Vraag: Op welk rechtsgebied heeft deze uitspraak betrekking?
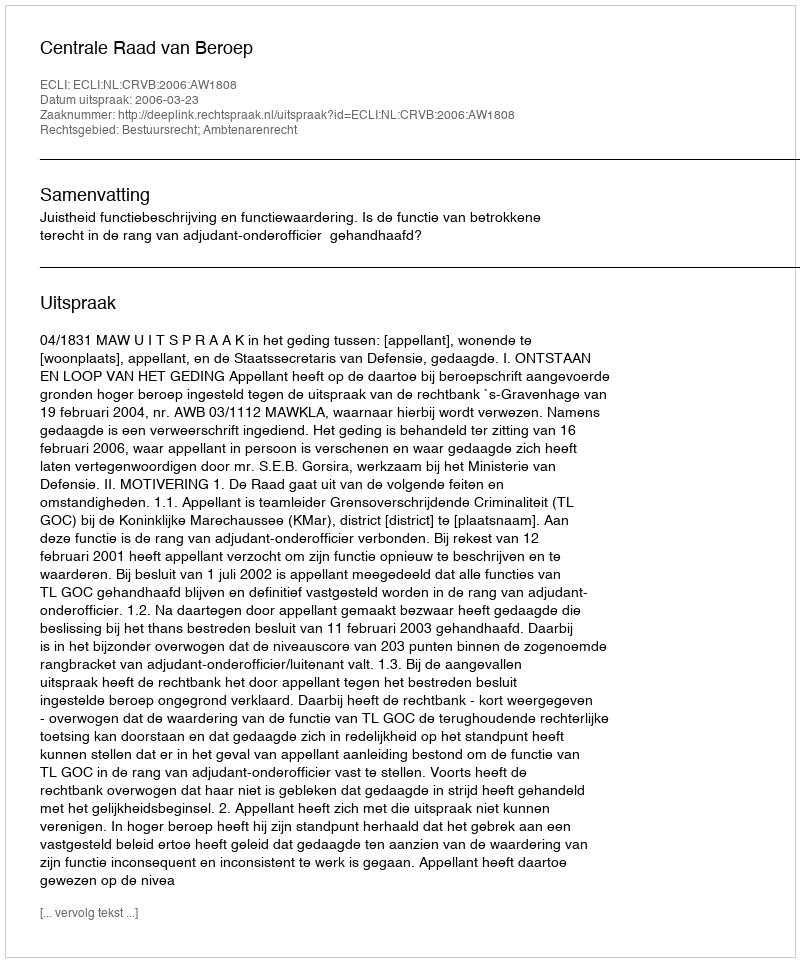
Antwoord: Bestuursrecht; Ambtenarenrecht